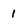
Character: 1